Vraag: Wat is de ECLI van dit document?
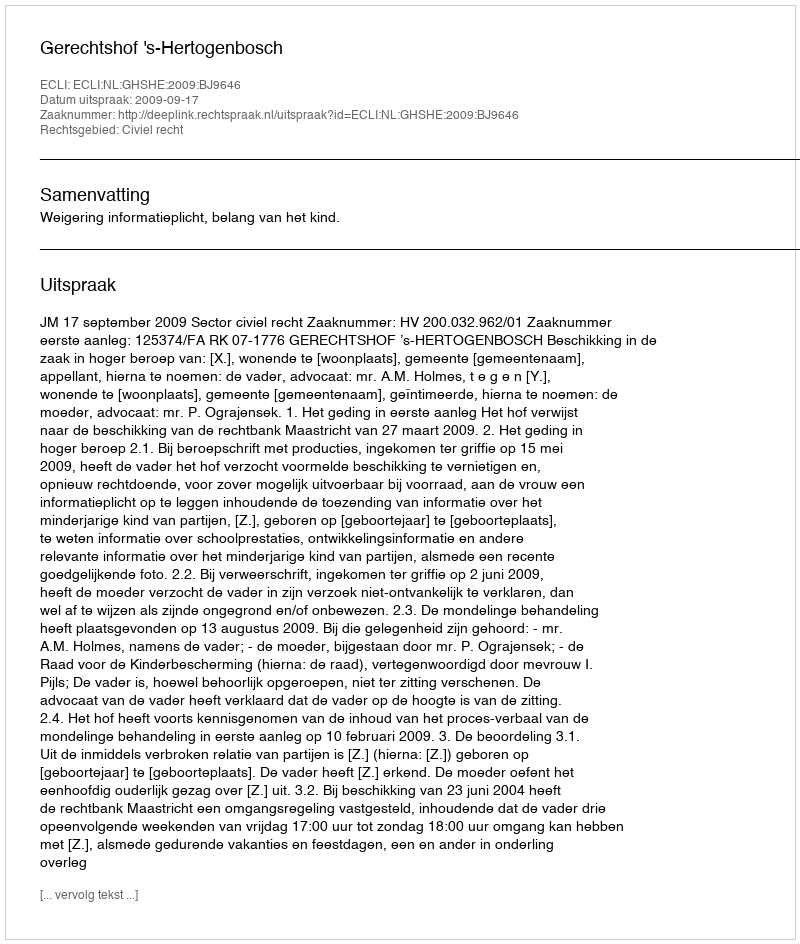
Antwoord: ECLI:NL:GHSHE:2009:BJ9646